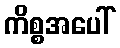
ကိစ္စအပေါ်